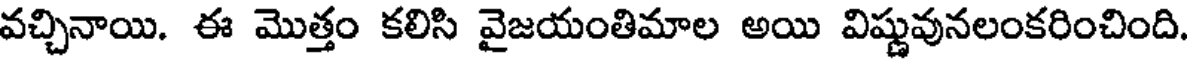
వచ్చినాయి. ఈ మొత్తం కలిసి వైజయంతిమాల అయి విష్ణువునలంకరించింది